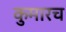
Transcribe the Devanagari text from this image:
कुमारच